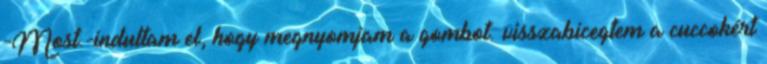
-Most.-indultam el, hogy megnyomjam a gombot. visszabicegtem a cuccokért